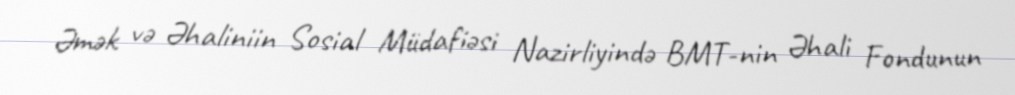
Əmək və Əhaliniin Sosial Müdafiəsi Nazirliyində BMT-nin Əhali Fondunun